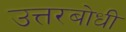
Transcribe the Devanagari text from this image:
उत्तरबोधी